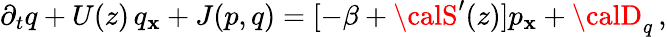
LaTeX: \partial_{t}q+U(z)\, q_{\mathbf{x}}+J(p,q)=[-{\beta}+{\calS}^{\prime}(z)]p_{\mathbf{x}}+{\calD}_{q}\, ,